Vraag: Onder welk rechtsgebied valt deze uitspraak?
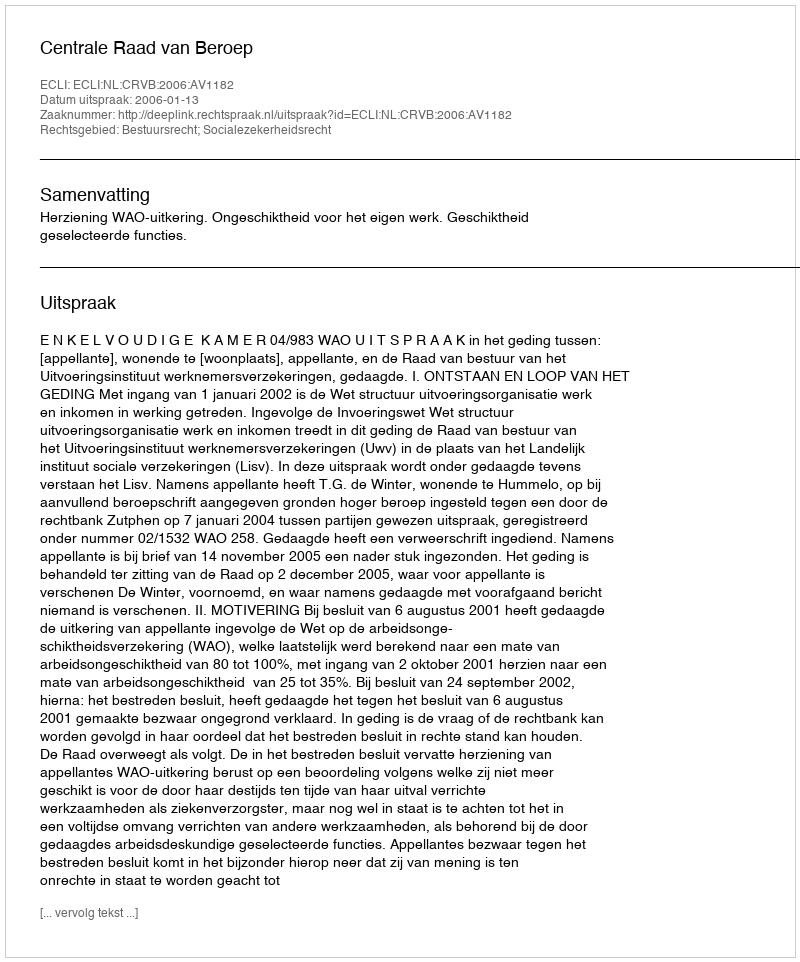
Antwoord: Bestuursrecht; Socialezekerheidsrecht